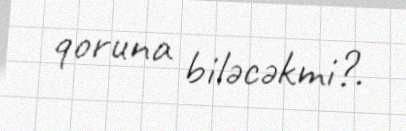
qoruna biləcəkmi?.